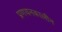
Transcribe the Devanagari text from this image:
प्रणयनकालीन